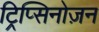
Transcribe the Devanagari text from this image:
ट्रिप्सिनोज़न